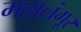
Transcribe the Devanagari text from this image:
महालंगूर